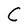
Character: C